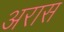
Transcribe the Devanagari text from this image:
अरास